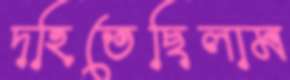
দহিতেছিলাম